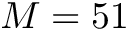
M = 5 1